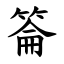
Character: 䈁